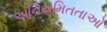
અનિયમિતતાઓ